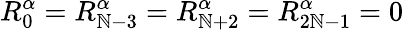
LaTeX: R_{0}^{\alpha}=R_{\mathbb{N}-3}^{\alpha}=R_{\mathbb{N}+2}^{\alpha}=R_{2\mathbb{N}-1}^{\alpha}=0